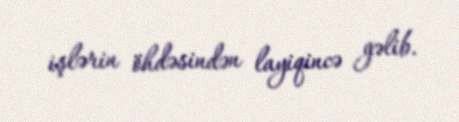
işlərin öhdəsindən layiqincə gəlib.